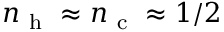
n _ { \mathrm { ~ h ~ } } \approx n _ { \mathrm { ~ c ~ } } \approx 1 / 2